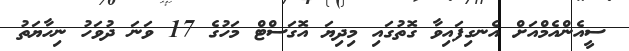
ސީއެންއެމްއަށް އެނގިފައިވާ ގޮތުގައި މިދިޔަ އޮގަސްޓް މަހުގެ 17 ވަނަ ދުވަހު ނިހާޔަތު